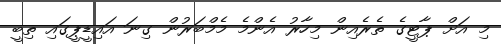
މި އަށް ޕާޓީގެ ތެރެއިން މިހާރު އެންމެ މެމްބަރުން ގިނަ އައިޑީޕީގައި ތިބީ